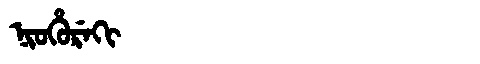
Manchu: ᠨᡳᠣᡥᡠᡵᡝᡴᡳ
Romanization: NIOHUREKI